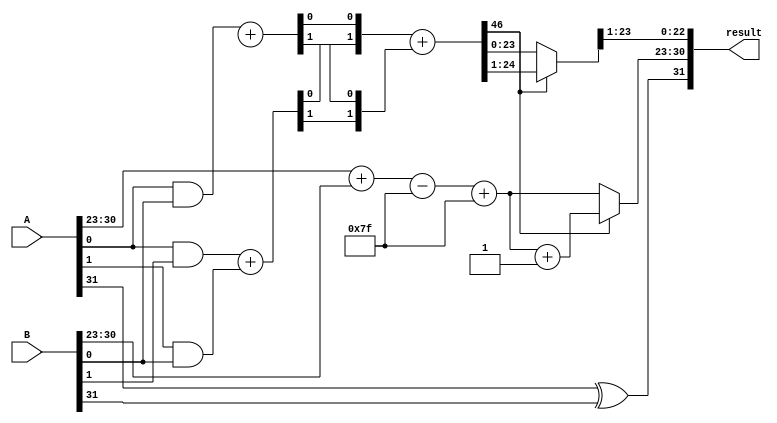
module FloatingPointWallaceTreeMultiplier (
    input [31:0] A, // First operand (IEEE 754 single-precision)
    input [31:0] B, // Second operand (IEEE 754 single-precision)
    output reg [31:0] result // Result (IEEE 754 single-precision)
);

    // IEEE 754 parameters
    parameter EXPONENT_BITS = 8;
    parameter SIGNIFICAND_BITS = 23;
    parameter BIAS = 127;

    // Extract fields from A
    wire sign_A = A[31];
    wire [EXPONENT_BITS-1:0] exp_A = A[30:23];
    wire [SIGNIFICAND_BITS:0] sig_A = {1'b1, A[22:0]}; // Implicit leading 1

    // Extract fields from B
    wire sign_B = B[31];
    wire [EXPONENT_BITS-1:0] exp_B = B[30:23];
    wire [SIGNIFICAND_BITS:0] sig_B = {1'b1, B[22:0]}; // Implicit leading 1

    // Sign calculation
    wire sign_result = sign_A ^ sign_B;

    // Exponent calculation
    wire [EXPONENT_BITS:0] exp_sum = (exp_A + exp_B) - BIAS;
    wire [EXPONENT_BITS-1:0] exp_result = exp_sum[EXPONENT_BITS-1:0] + BIAS; // Adjust back

    // Significand multiplication using Wallace Tree
    wire [2*SIGNIFICAND_BITS:0] partial_products [0:SIGNIFICAND_BITS-1];

    // Generate partial products
    genvar i, j;
    generate
        for (i = 0; i < SIGNIFICAND_BITS; i = i + 1) begin : gen_partial_products
            for (j = 0; j < SIGNIFICAND_BITS + 1; j = j + 1) begin : gen_and
                assign partial_products[i][j + i] = sig_A[i] & sig_B[j]; // AND operation
            end
        end
    endgenerate

    // Wallace Tree Reduction (simplified)
    wire [2*SIGNIFICAND_BITS:0] sum;
    wire [2*SIGNIFICAND_BITS:0] carry;

    // Carry-save addition (this is a simplified version)
    // You would typically implement a more complex Wallace tree structure here
    assign {carry[0], sum[0]} = partial_products[0][0] + partial_products[1][0];
    assign {carry[1], sum[1]} = partial_products[0][1] + partial_products[1][1];
    // Continue this for all partial products...

    // Final addition to get the significand
    wire [2*SIGNIFICAND_BITS:0] final_significand;
    assign final_significand = sum + carry; // Final addition

    // Normalization (simplified)
    reg [SIGNIFICAND_BITS:0] normalized_sig;
    reg [EXPONENT_BITS-1:0] normalized_exp;

    always @(*) begin
        if (final_significand[2*SIGNIFICAND_BITS]) begin
            // Shift right if leading bit is 1
            normalized_sig = final_significand[2*SIGNIFICAND_BITS-1:1];
            normalized_exp = exp_result + 1;
        end else begin
            normalized_sig = final_significand[2*SIGNIFICAND_BITS-2:0];
            normalized_exp = exp_result;
        end
    end

    // Rounding (simplified)
    wire [SIGNIFICAND_BITS-1:0] rounded_sig;
    assign rounded_sig = normalized_sig[SIGNIFICAND_BITS:1]; // Simple truncation

    // Assemble the result
    always @(*) begin
        result = {sign_result, normalized_exp, rounded_sig};
    end

endmodule